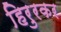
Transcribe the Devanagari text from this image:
हिरुरकर